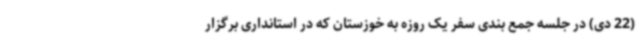
(22 دی) در جلسه جمع بندی سفر یک روزه به خوزستان که در استانداری برگزار